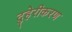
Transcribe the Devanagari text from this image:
दुहेरीकरण